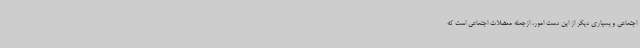
اجتماعی و بسیاری دیگر از این دست امور، ازجمله معضلات اجتماعی است که